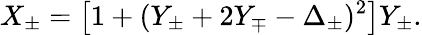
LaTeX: X_{\pm}=\left[1+(Y_{\pm}+2Y_{\mp}-\Delta_{\pm})^{2}\right]Y_{\pm}.